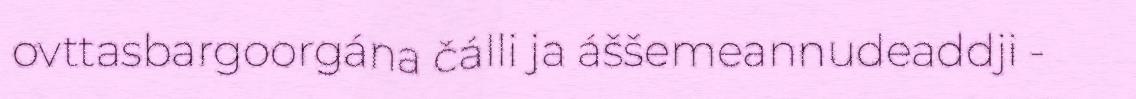
ovttasbargoorgána čálli ja áššemeannudeaddji -